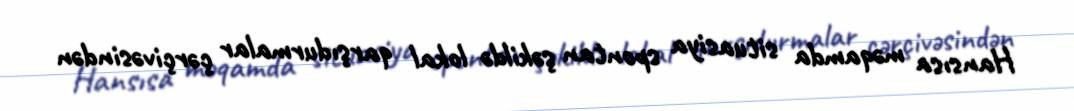
Hansısa məqamda situasiya spontan şəkildə lokal qarşıdurmalar çərçivəsindən